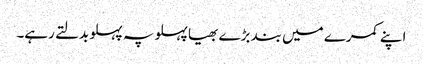
اپنے کمرے میں بند بڑے بھیا پہلو پہ پہلو بدلتے رہے۔